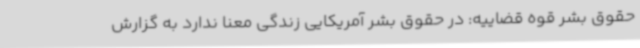
حقوق بشر قوه قضاییه: در حقوق بشر آمریکایی زندگی معنا ندارد به گزارش